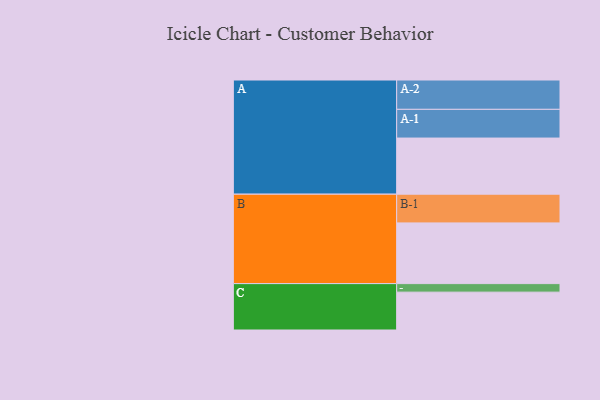
{"axis": {"x": "Segment", "y": "Value"}, "legend": ["", "A", "B", "C"], "data": [{"x": "A", "y": 553, "type": ""}, {"x": "B", "y": 598, "type": ""}, {"x": "C", "y": 373, "type": ""}, {"x": "A-1", "y": 283, "type": "A"}, {"x": "A-2", "y": 289, "type": "A"}, {"x": "B-1", "y": 283, "type": "B"}, {"x": "C-1", "y": 84, "type": "C"}]}